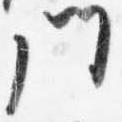
門